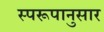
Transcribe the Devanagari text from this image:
स्परूपानुसार